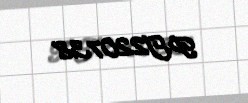
PT220738